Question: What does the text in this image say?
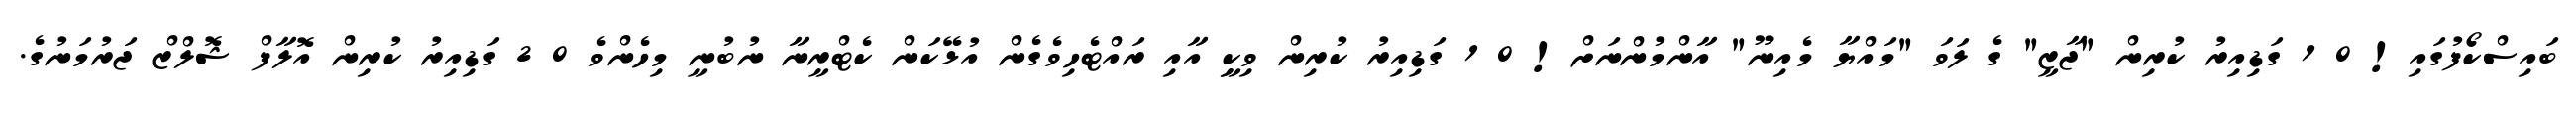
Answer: ބައިސްކޯފުގައި! 0 1 ގަޑިއިރު ކުރިން "ޖާޒީ" ގެ ލަވަ "މައްޔާ މެއިނޫ" އާންމުންނަށް! 0 1 ގަޑިއިރު ކުރިން ވިކީި އާއި ރައްޓެހިވެގެން އުޅޭކަން ކެޓްރީނާ ނުބުނީ މިހެންވެ 0 2 ގަޑިއިރު ކުރިން އޮލާފް ޝޮލްޒް ޖަރުމަނުގެ.